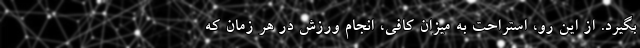
بگیرد. از این رو، استراحت به میزان کافی، انجام ورزش در هر زمان که